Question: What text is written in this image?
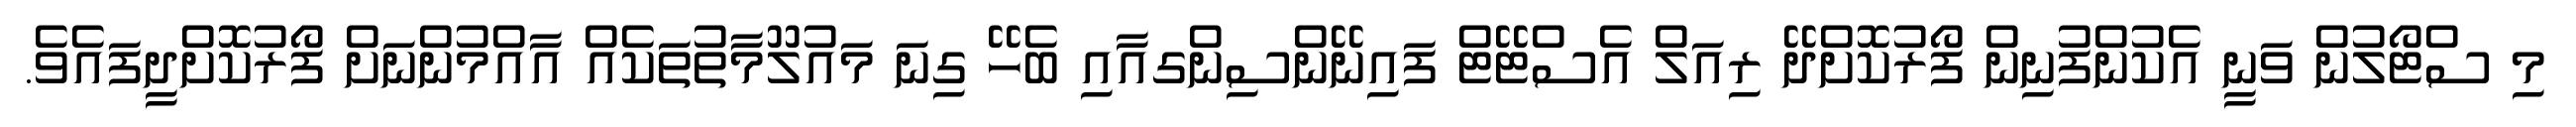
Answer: މި ސްޓޯލުން ވަނީ އެކުންފުނިން ފޯރުކޮށްދޭ ރިއަލް އެސްޓޭޓް ފައިނޭންސިންގއާއި ބެހޭ ގިނަ މައުލޫމާތުތަކެއް އާއްމުންނަށް ފޯރުކޮށްދީފައެވެ.